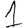
Digit: 1